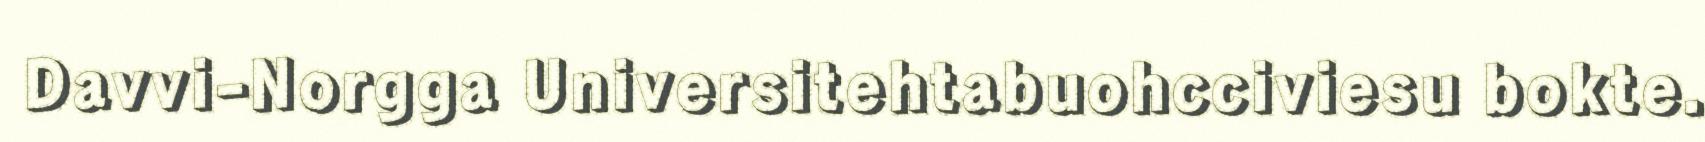
Davvi-Norgga Universitehtabuohcciviesu bokte.